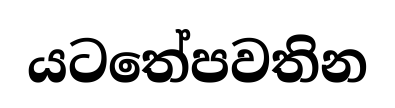
යටතේපවතින